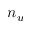
n _ { u }